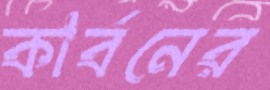
কার্বনের